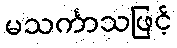
မသင်္ကာသဖြင့်